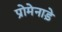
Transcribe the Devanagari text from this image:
प्रोमेनाड़े